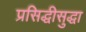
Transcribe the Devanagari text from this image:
प्रसिद्धीसुद्धा